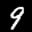
Label: 9